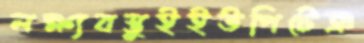
লক্ষ্যবস্তুইইউপিটেঞ